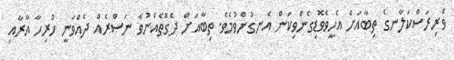
ވެރިރަސްކަލާނގެ ތިބާއަށް އެހީވެވޮޑިގެންވިކަން އެނގުންވުމެވެ. ތިބާއަށް ދެގޮތެއްނުވާ ނަޞްރެއް ދެއްވަނީ ހުރިހާ އާރާއި